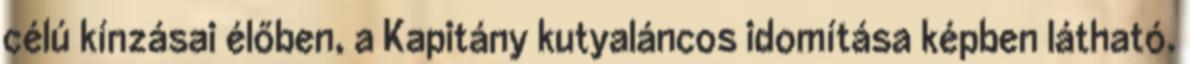
célú kínzásai élőben, a Kapitány kutyaláncos idomítása képben látható.